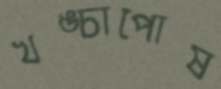
খঙ্চাপোষ